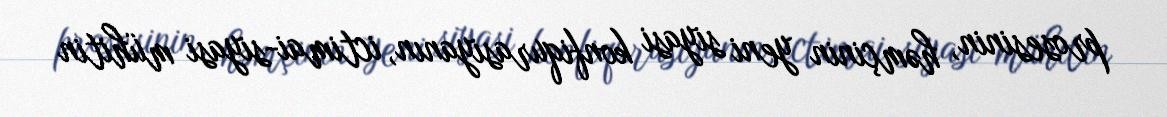
prosesinin, həmçinin yeni siyasi konfiqurasiyanın, ictimai-siyasi mühitin